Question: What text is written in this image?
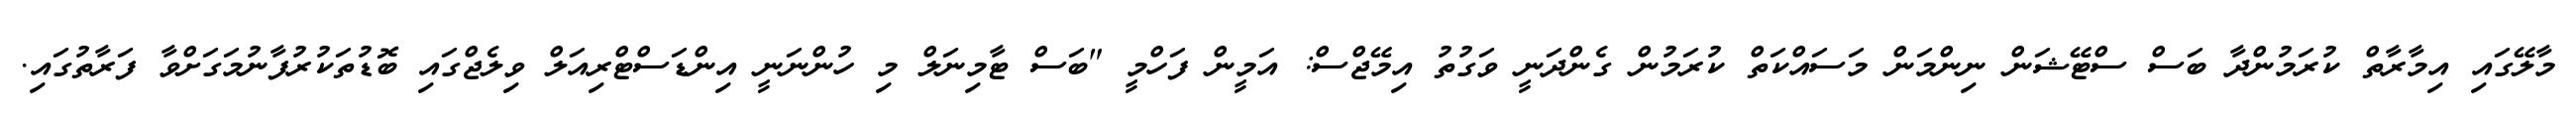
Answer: މާލޭގައި އިމާރާތް ކުރަމުންދާ ބަސް ސްޓޭޝަން ނިންމަން މަސައްކަތް ކުރަމުން ގެންދަނީ ވަގުތު އިމޭޖްސް: އަމީން ފަހްމީ "ބަސް ޓާމިނަލް މި ހުންނަނީ އިންޑަސްޓްރިއަލް ވިލެޖްގައި ބޮޑުތަކުރުފާނުމަގަށްވާ ފަރާތުގައި.